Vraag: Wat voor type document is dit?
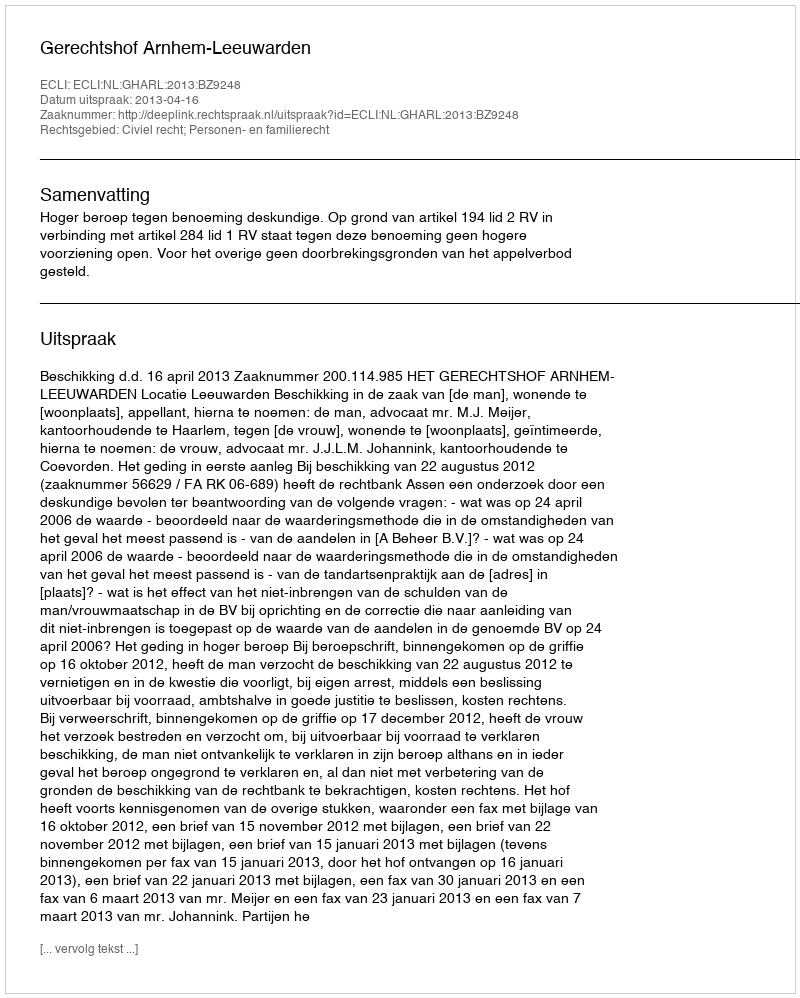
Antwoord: Uitspraak